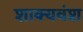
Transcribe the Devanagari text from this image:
शाक्यवंश